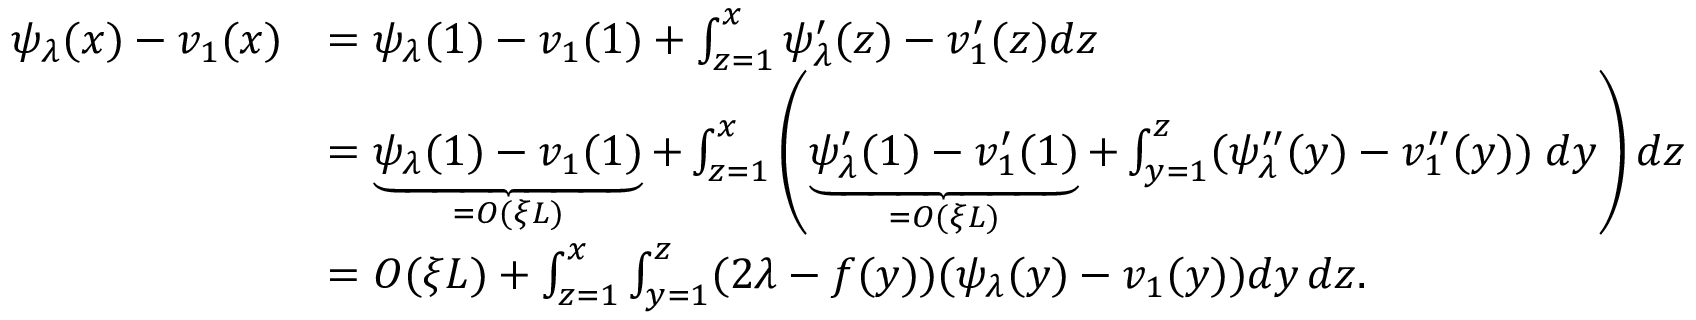
\begin{array} { r l } { \psi _ { \lambda } ( x ) - v _ { 1 } ( x ) } & { = { \psi _ { \lambda } ( 1 ) - v _ { 1 } ( 1 ) } + \int _ { z = 1 } ^ { x } \psi _ { \lambda } ^ { \prime } ( z ) - v _ { 1 } ^ { \prime } ( z ) d z } \\ & { = \underbrace { \psi _ { \lambda } ( 1 ) - v _ { 1 } ( 1 ) } _ { = O ( \xi L ) } + \int _ { z = 1 } ^ { x } \left( \underbrace { \psi _ { \lambda } ^ { \prime } ( 1 ) - v _ { 1 } ^ { \prime } ( 1 ) } _ { = O ( \xi L ) } + \int _ { y = 1 } ^ { z } ( \psi _ { \lambda } ^ { \prime \prime } ( y ) - v _ { 1 } ^ { \prime \prime } ( y ) ) \; d y \right) d z } \\ & { = O ( \xi L ) + \int _ { z = 1 } ^ { x } \int _ { y = 1 } ^ { z } ( 2 \lambda - f ( y ) ) ( \psi _ { \lambda } ( y ) - v _ { 1 } ( y ) ) d y \, d z . } \end{array}